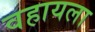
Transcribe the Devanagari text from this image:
वहायला